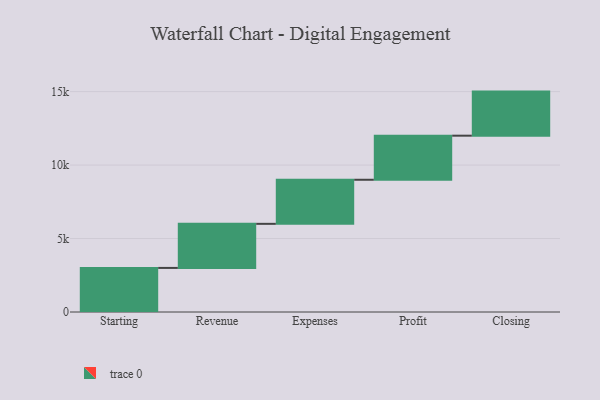
{"axis": {"x": "Step", "y": "Value"}, "legend": [""], "data": [{"x": "Starting", "y": 3000, "type": ""}, {"x": "Revenue", "y": 3000, "type": ""}, {"x": "Expenses", "y": 3000, "type": ""}, {"x": "Profit", "y": 3000, "type": ""}, {"x": "Closing", "y": 3000, "type": ""}]}